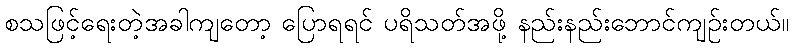
စသဖြင့်ရေးတဲ့အခါကျတော့ ပြောရရင် ပရိသတ်အဖို့ နည်းနည်းဘောင်ကျဉ်းတယ်။